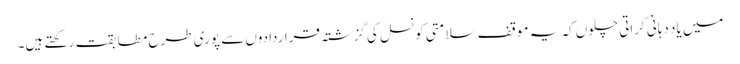
میں یاد دہانی کراتی چلوں کہ یہ موقف سلامتی کونسل کی گزشتہ قراردادوں سے پوری طرح مطابقت رکھتے ہیں۔